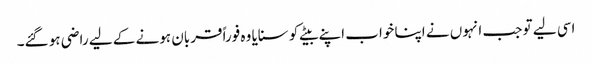
اسی لیے تو جب انہوں نے اپنا خواب اپنے بیٹے کو سنایا وہ فوراً قربان ہونے کے لیے راضی ہو گئے۔